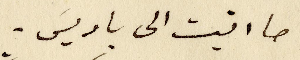
ما اتيت الى باريس.